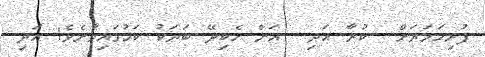
ފުރިހަމަޔަށް  ކުރާ އަދި  އަށް ހެކިދޭ ބަޔަކު ކަމުގައިވާށެވެ! އަދި